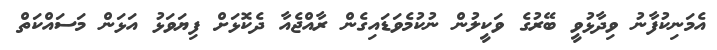
އެމަނިކުފާނު ވިދާޅުވީ ބޭރުގެ ވަކީލުން ނުކުމެވަޑައިގެން ރާއްޖެއާ ދެކޮޅަށް ފިޔަވަޅު އަޅަން މަސައްކަތް